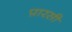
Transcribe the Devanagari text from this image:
प़ारसी